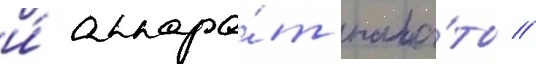
и́ аппара́т пала́ты //